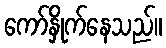
ကော်နှိုက်နေသည်။